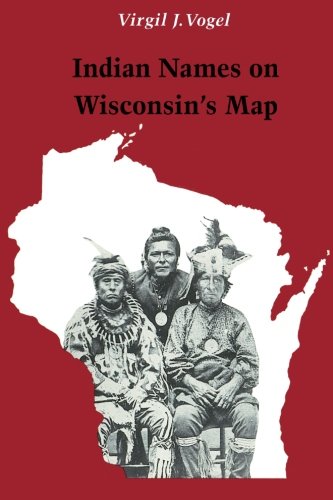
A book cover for Indian Names on Wisconsin's Map; Virgil J. Vogel; Travel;